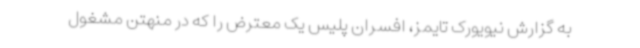
به گزارش نیویورک تایمز، افسران پلیس یک معترض را که در منهتن مشغول